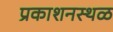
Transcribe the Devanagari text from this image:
प्रकाशनस्थळ